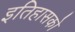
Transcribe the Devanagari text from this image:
इतिहासको